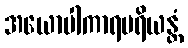
အယောပါကာရပရိယန္တံ